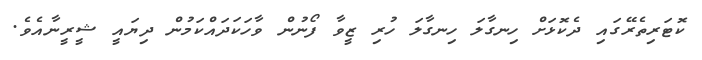
ކޮޓަރިތެރޭގައި ދެކޮޅަށް ހިނގާލަ ހިނގާލަ ހުރި ޒީވާ ފޯނުން ވާހަކަދައްކަމުން ދިޔައީ ޝީރީނާއެވެ.